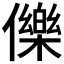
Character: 𭀅